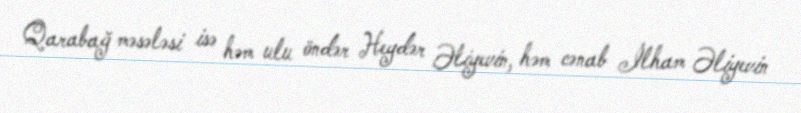
Qarabağ məsələsi isə həm ulu öndər Heydər Əliyevin, həm cənab İlham Əliyevin